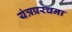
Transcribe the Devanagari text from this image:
यंत्रप्ररचना